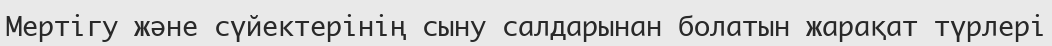
Мертігу және сүйектерінің сыну салдарынан болатын жарақат түрлері